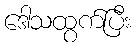
ဒေါသထွက်ပြီး